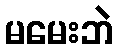
မမေးဘဲ